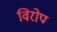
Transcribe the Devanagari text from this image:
विरोप